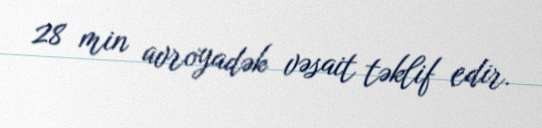
28 min avroyadək vəsait təklif edir.